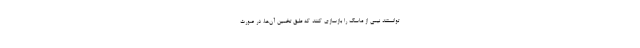
توانستند نیمی از ماسک را بازسازی کنند که طبق تخمین آن‌ها، در صورت